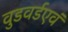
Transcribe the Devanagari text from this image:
वुडवर्डएवं